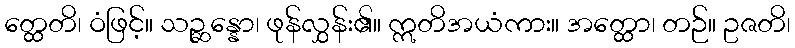
တ္ထေတိ၊ ဝံဖြင့်။ သဉ္ဆန္နော၊ ဖုန်လွှန်း၏။ ဣတိအယံကား။ အတ္ထော၊ တဉ်။ ဥဇတိ၊